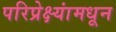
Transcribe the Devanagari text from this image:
परिप्रेक्ष्यांमधून